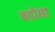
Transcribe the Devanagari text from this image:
बडोद्या